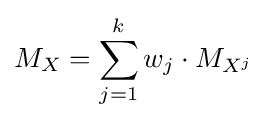
M_{X}=\sum _{j=1}^{k}w_{j}\cdot M_{X^{j}}